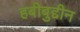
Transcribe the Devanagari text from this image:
हबीबुद्दीन